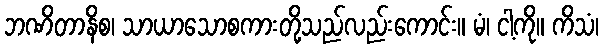
ဘဏိတာနိစ၊ သာယာသောစကားတို့သည်လည်းကောင်း။ မံ၊ ငါ့ကို။ ကိသံ၊